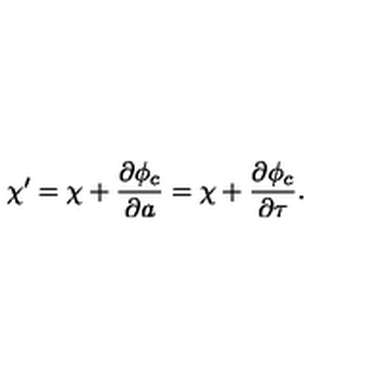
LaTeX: \chi ^ { \prime } = \chi + \frac { \partial \phi _ { c } } { \partial a } = \chi + \frac { \partial \phi _ { c } } { \partial \tau } .